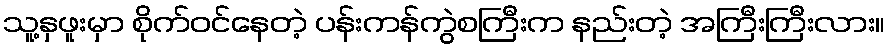
သူ့နှဖူးမှာ စိုက်ဝင်နေတဲ့ ပန်းကန်ကွဲစကြီးက နည်းတဲ့ အကြီးကြီးလား။